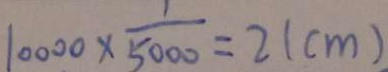
1 0 0 0 0 \times \frac { 1 } { 5 0 0 0 } = 2 ( c m )